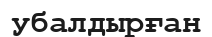
убалдырған